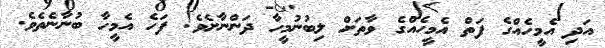
އަދި އެމީހެއްގެ ފަތް އެމީހެއްގެ ވާތަށް ލިބުނުމީހާ ދަންނާށެވެ! ފަހެ އެމީހާ ބުނާނެތެވެ.